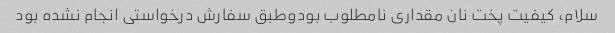
سلام، کیفیت پخت نان مقداری نامطلوب بودوطبق سفارش درخواستی انجام نشده بود